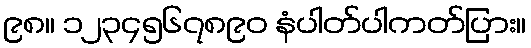
၉၈။ ၁၂၃၄၅၆၇၈၉၀ နံပါတ်ပါကတ်ပြား။